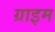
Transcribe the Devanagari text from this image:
ग्राइम